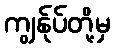
ကျွန်ုပ်တို့မှ